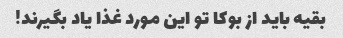
بقیه باید از بوکا تو این مورد غذا یاد بگیرند!